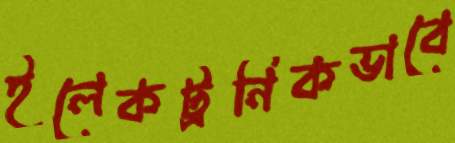
ইলেকট্রনিকভাবে